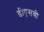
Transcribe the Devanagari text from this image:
डीएसवी